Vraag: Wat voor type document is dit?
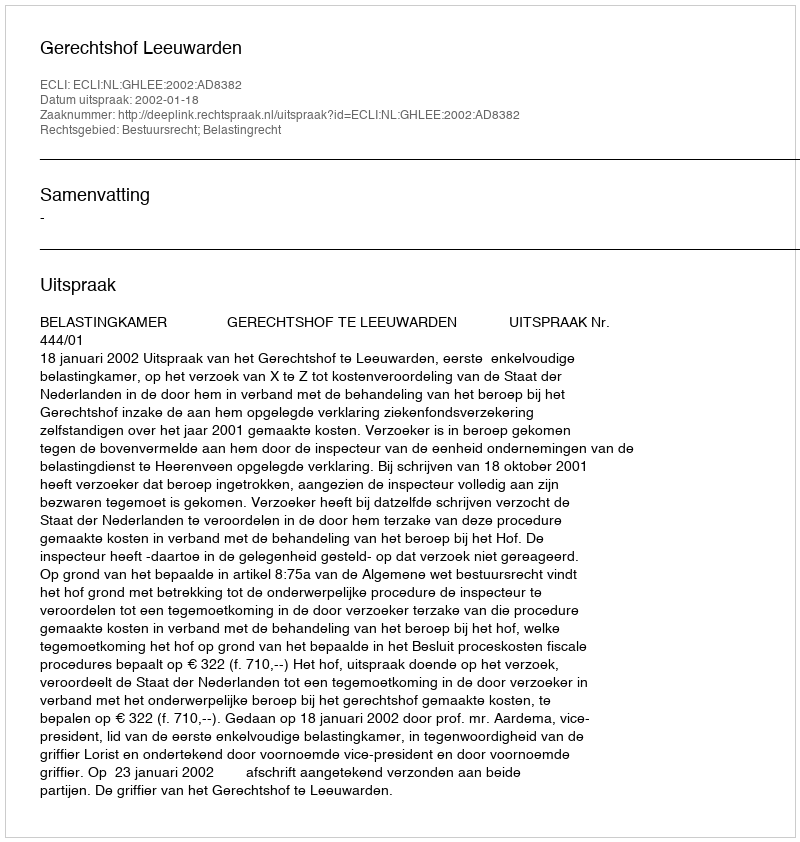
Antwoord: Uitspraak